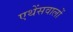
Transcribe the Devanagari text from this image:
एथेंसवालों